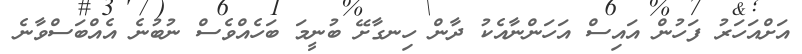
އަށްއަހަރު ފަހުން އައިސް އަހަންނާއެކު ދާން ހިނގާށޭ ބުނީމަ ބަހެއްވެސް ނުބުނެ އެއްބަސްވާނެ